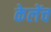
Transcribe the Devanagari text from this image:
केलेंच